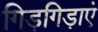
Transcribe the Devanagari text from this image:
गिड़गिड़ाएं